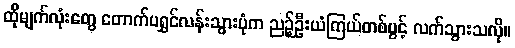
ထိုမျက်လုံးတွေ တောက်ပရွှင်လန်းသွားပုံက ညဉ့်ဦးယံကြယ်တစ်ပွင့် လက်သွားသလို။